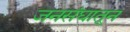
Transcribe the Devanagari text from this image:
जनसंघातून